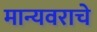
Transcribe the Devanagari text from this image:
मान्यवराचे